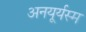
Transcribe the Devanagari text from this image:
अनयूर्यस्म